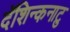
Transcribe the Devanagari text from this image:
दॅशिन्कनाटु